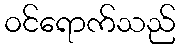
ဝင်ရောက်သည်